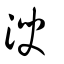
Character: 㳛